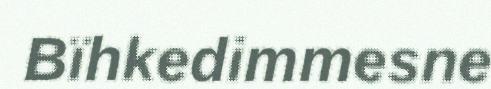
Bïhkedimmesne